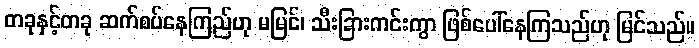
တခုနှင့်တခု ဆက်စပ်နေကြည်ဟု မမြင်၊ သီးခြားကင်းကွာ ဖြစ်ပေါ်နေကြသည်ဟု မြင်သည်။